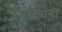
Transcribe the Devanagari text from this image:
मरश्यांगी